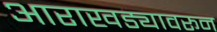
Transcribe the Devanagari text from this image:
आराखड्यावरून